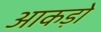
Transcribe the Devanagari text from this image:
आकड़ो